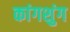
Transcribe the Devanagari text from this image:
कांगशुंग